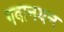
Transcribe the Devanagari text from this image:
गवानयन